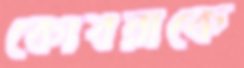
কোবরাকে